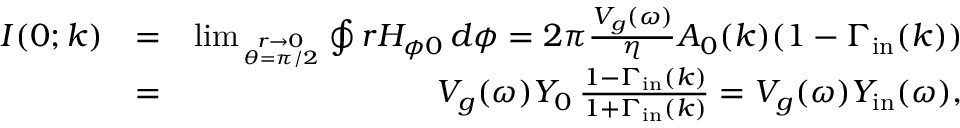
\begin{array} { r l r } { I ( 0 ; k ) } & { = } & { \operatorname* { l i m } _ { r \to 0 \atop \theta = \pi / 2 } \oint r H _ { \phi 0 } \, d \phi = 2 \pi \frac { V _ { g } ( \omega ) } { \eta } A _ { 0 } ( k ) ( 1 - \Gamma _ { \mathrm { i n } } ( k ) ) } \\ & { = } & { V _ { g } ( \omega ) Y _ { 0 } \, \frac { 1 - \Gamma _ { \mathrm { i n } } ( k ) } { 1 + \Gamma _ { \mathrm { i n } } ( k ) } = V _ { g } ( \omega ) Y _ { \mathrm { i n } } ( \omega ) , } \end{array}